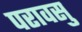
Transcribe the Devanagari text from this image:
परावसु